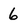
Character: 6